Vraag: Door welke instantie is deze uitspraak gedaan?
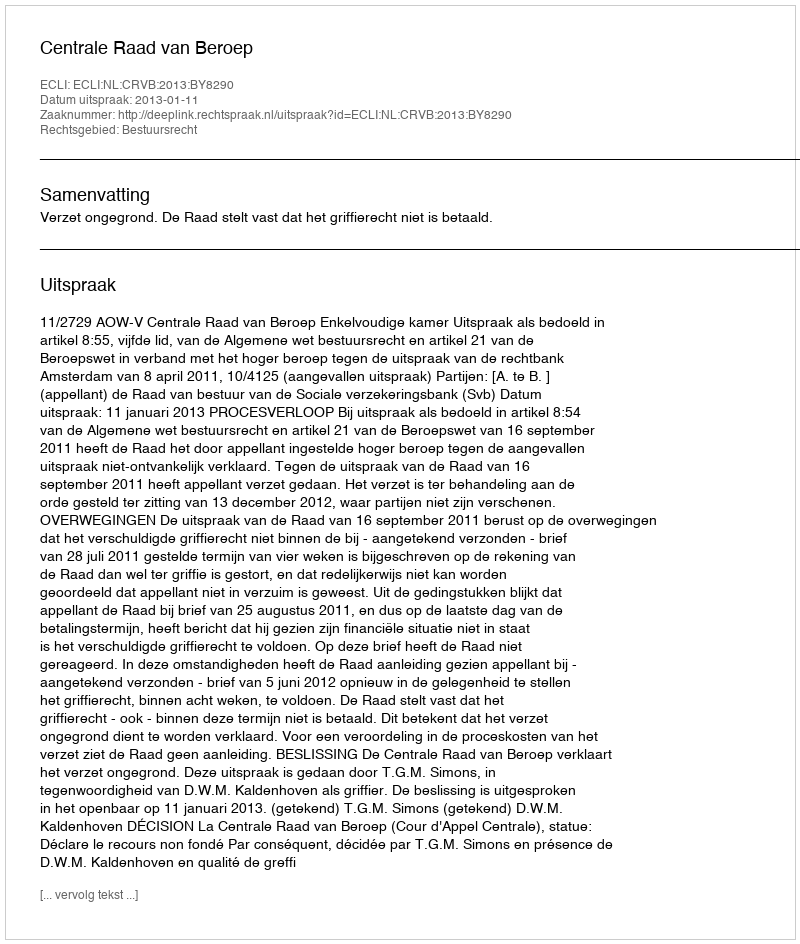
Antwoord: Centrale Raad van Beroep